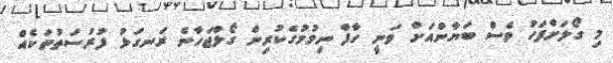
މި ގޯލަށްފަހު ވެސް ބަޔާންއަށް ވަނީ ހާފް ނިމުމުގެކުރިން ގޯލްޖަހާނެ ރަނގަޅު ފުރުސަތުތަކެއް